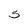
Character: 5